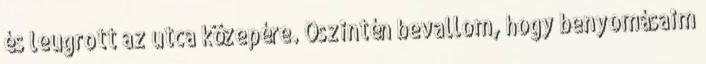
és leugrott az utca közepére. Őszintén bevallom, hogy benyomásaim